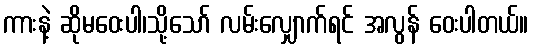
ကားနဲ့ ဆိုမဝေးပါ၊သို့သော် လမ်းလျှောက်ရင် အလွန် ဝေးပါတယ်။